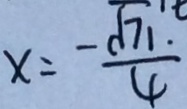
x = \frac { - \sqrt { 7 1 . } } { 4 }